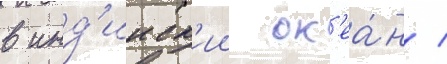
в инд'ииск'ии ок'еа́н /